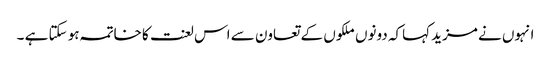
انہوں نے مزید کہاکہ دونوں ملکوں کے تعاون سے اس لعنت کا خاتمہ ہو سکتا ہے ۔